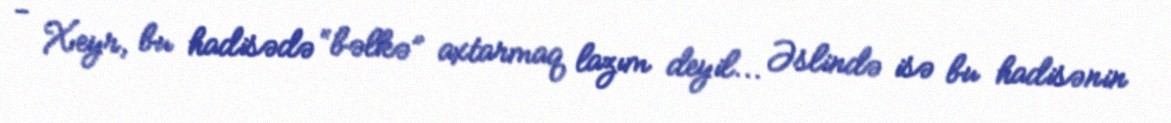
- Xeyr, bu hadisədə “bəlkə” axtarmaq lazım deyil... Əslində isə bu hadisənin